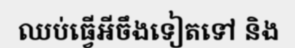
ឈប់ធ្វើអីចឹងទៀតទៅ និង